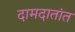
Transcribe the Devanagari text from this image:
दामदातांत